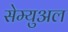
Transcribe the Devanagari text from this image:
सेम्‍युअल